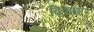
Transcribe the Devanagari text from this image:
विश्वाभर